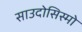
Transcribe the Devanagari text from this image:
साउदोसिस्मो